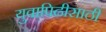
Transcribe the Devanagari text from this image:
युवापिढीसाठी